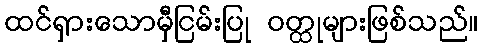
ထင်ရှားသောမှီငြမ်းပြု ဝတ္ထုများဖြစ်သည်။